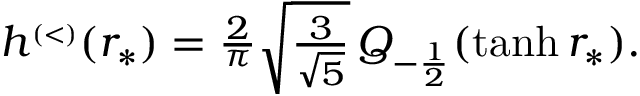
\begin{array} { r } { h ^ { \scriptscriptstyle ( < ) } ( r _ { * } ) = \frac { 2 } { \pi } \sqrt { \frac { 3 } { \sqrt { 5 } } } \, Q _ { - \frac { 1 } { 2 } } ( \operatorname { t a n h } r _ { * } ) . } \end{array}